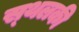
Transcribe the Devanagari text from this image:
स्‍थलकी